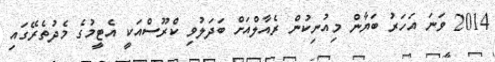
2014 ވަނަ އަހަރު ބަޔާން މިއުނިކުން ރެއާލްއަށް ބަދަލުވި ކްރޫސްއަކީ އެޓީމުގެ މެދުތެރޭގައި